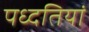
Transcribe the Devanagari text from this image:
पध्दतियां